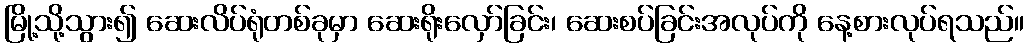
မြို့သို့သွား၍ ဆေးလိပ်ရုံတစ်ခုမှာ ဆေးရိုးလှော်ခြင်း၊ ဆေးစပ်ခြင်းအလုပ်ကို နေ့စားလုပ်ရသည်။